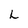
Character: L